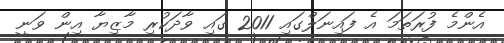
އެންމެ ފުރަތަމަ އެ ފައިނަލްގައި 2011 ގައި ވާދަކުރި މާޒިޔާ އިން ވަނީ